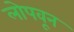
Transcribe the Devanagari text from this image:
लोपवून